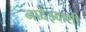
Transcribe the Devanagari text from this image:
नादेझ्दाशी